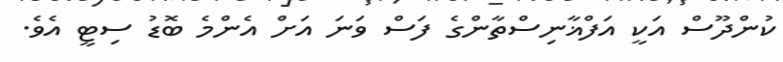
ކުންދޫސް އަކީ އަފްޣާނިސްތާންގެ ފަސް ވަނަ އަށް އެންމެ ބޮޑު ސިޓީ އެވެ.